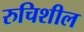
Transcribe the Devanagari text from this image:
रुचिशील